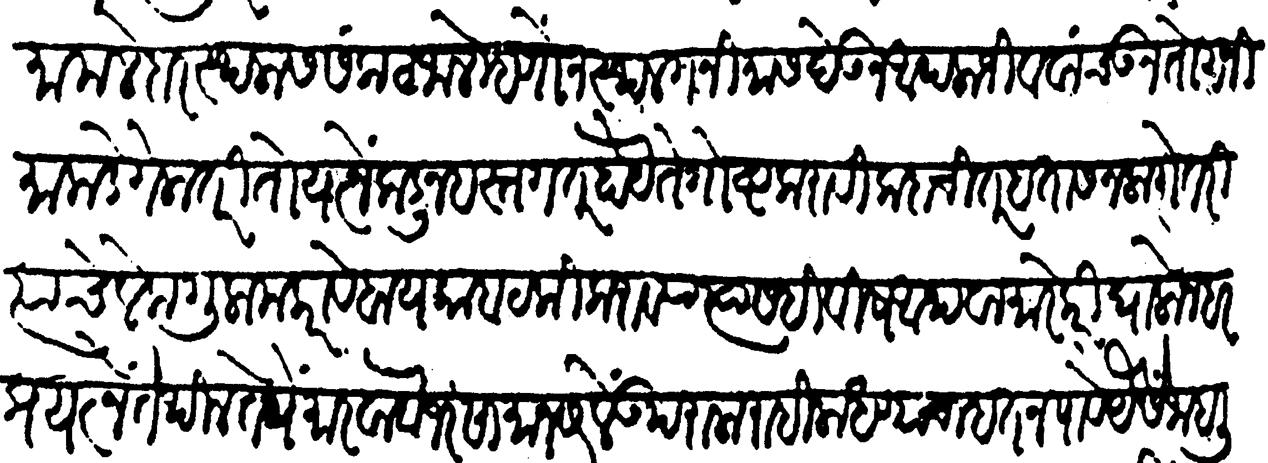
Transliteration (Devanagari): मामलेदार स्थळास संकट जाले म्हणोन स्थळ गनिमास देऊन आपला जीव वाचऊन तो गनीमाकडे गेला तरी तो यत्नेंकडून हस्तगत होय ते गोष्ट करावी कदाचित् हतास न लागे तरी त्याचे लेक गुलाम करावे बायका बटकी कराव्या त्यासहि विष अथवा मारेकरी घालोन हर प्रयत्नें तेथील तेथे मारवावा जर सामान सरलें उपराळा राहिला धण्याचा हत न पावे यैसें जाहली